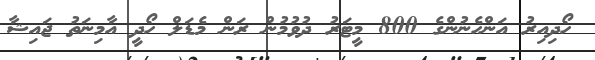
ހޯދިއިރު އަންހެނުންގެ 800 މީޓަރު ދުވުމުން ރަން މެޑަލް ހޯދީ އާމިނަތު ޖައިޝާ